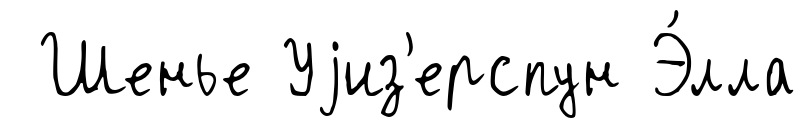
Шенье Уjиз'ерспун Э́лла